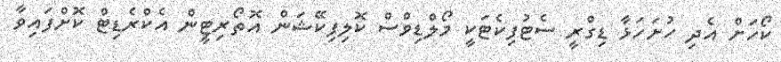
ކޯހަށް އެދި ހުށަހަޅާ ޑިގްރީ ސެޓުފިކެޓަކީ މޯލްޑިވްސް ކޮލިފިކޭޝަން އޮތޯރިޓީން އެކްރެޑިޓް ކޮށްފައިވާ